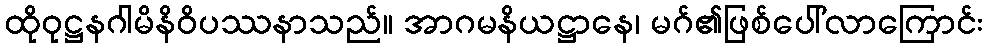
ထိုဝုဋ္ဌနဂါမိနိဝိပဿနာသည်။ အာဂမနိယဋ္ဌာနေ၊ မဂ်၏ဖြစ်ပေါ်လာကြောင်း